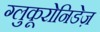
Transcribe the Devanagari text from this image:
ग्लुकूरोनिडेज़